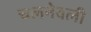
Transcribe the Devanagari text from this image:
चलनेवली